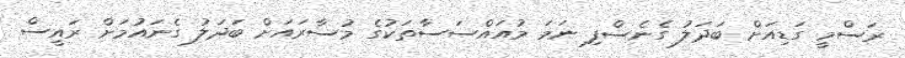
ރަސްމީ ގަޑިއަށް ބަދަލު ގެނެސްފި ނަމަ މުއައްސަސާތަކުގެ މުސާރައަށް ބަދަލު ގެނައުމަށް ރައީސް